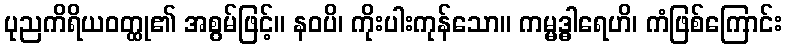
ပုညကိရိယဝတ္ထု၏ အစွမ်ဖြင့်။ နဝပိ၊ ကိုးပါးကုန်သော။ ကမ္မဒ္ဓါရေဟိ၊ ကံဖြစ်ကြောင်း